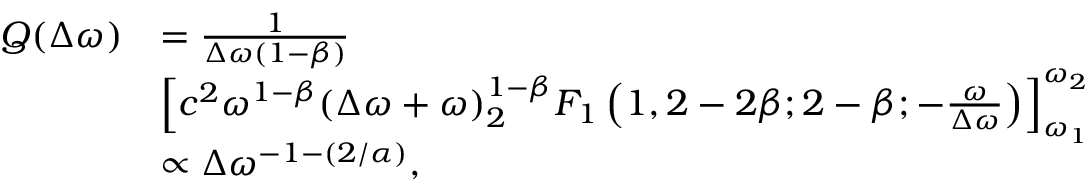
\begin{array} { r l } { Q ( \Delta \omega ) } & { = \frac { 1 } { \Delta \omega \left( 1 - \beta \right) } } \\ & { \left[ c ^ { 2 } \omega ^ { 1 - \beta } ( \Delta \omega + \omega ) ^ { 1 - \beta } _ { 2 } F _ { 1 } \left( 1 , 2 - 2 \beta ; 2 - \beta ; - \frac { \omega } { \Delta \omega } \right) \right] _ { \omega _ { 1 } } ^ { \omega _ { 2 } } } \\ & { \propto \Delta \omega ^ { - 1 - \left( 2 / \alpha \right) } , } \end{array}